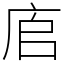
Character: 㢂